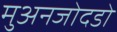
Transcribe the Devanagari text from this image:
मुअनजोदडो